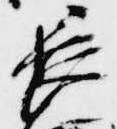
長